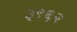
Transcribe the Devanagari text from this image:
३९६२